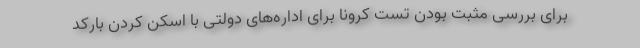
برای بررسی مثبت بودن تست کرونا برای اداره‌های دولتی با اسکن کردن بارکد